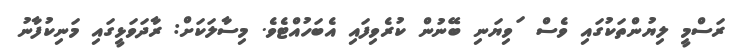
ރަސްމީ ލިޔުންތަކުގައި ވެސް ޱަވިޔަނި ބޭނުން ކުރެވިފައި އެބަހުއްޓެވެ. މިސާލަކަށް: ރާދަވަޅީގައި މަނިކުފާނު